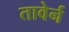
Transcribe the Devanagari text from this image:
तावेर्न